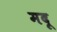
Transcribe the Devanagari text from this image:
मदू